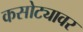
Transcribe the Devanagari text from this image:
कसोट्यावर